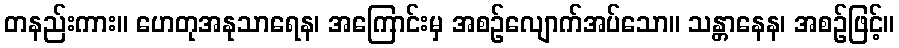
တနည်းကား။ ဟေတုအနုသာရေန၊ အကြောင်းမှ အစဉ်လျောက်အပ်သော။ သန္တာနေန၊ အစဉ်ဖြင့်။